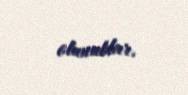
olunublar.